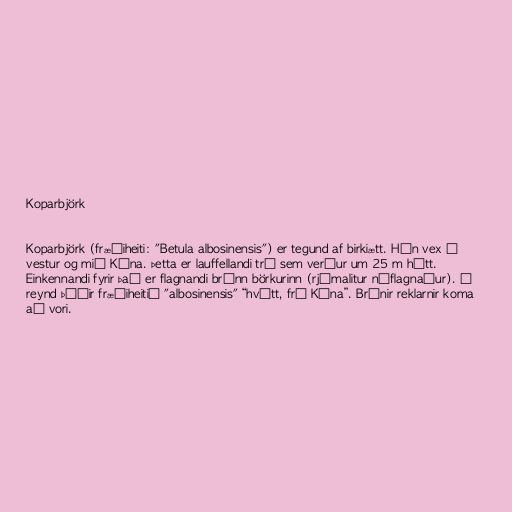
Koparbjörk

Koparbjörk (fræðiheiti: "Betula albosinensis") er tegund af birkiætt. Hún vex í
vestur og mið Kína. Þetta er lauffellandi tré sem verður um 25 m hátt.
Einkennandi fyrir það er flagnandi brúnn börkurinn (rjómalitur nýflagnaður). Í
reynd þýðir fræðiheitið "albosinensis" “hvítt, frá Kína”. Brúnir reklarnir koma
að vori.